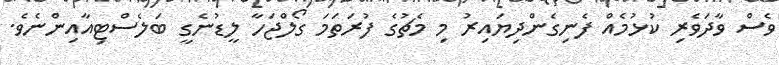
ވެސް ވާދަވެރި ކުޅުމެއް ފެނިގެންދިޔައިރު މި މެޗުގެ ފުރަތަމަ ގޯލްޖަހާ ލީޑުނެގީ ބަލެސްޓިއާއިންނެވެ.